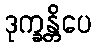
ဒုက္ခန္တိပေ